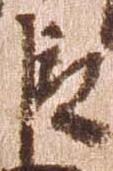
臣